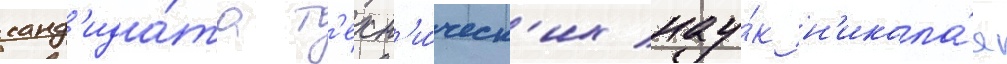
канд'ида́та т'ехн'и́ческ'их нау́к н'икола́я